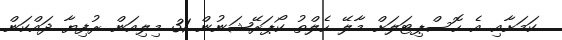
ކަމަށާއި އެ ހޮސްޕިޓަލަށް މާލޭ ހެލްތު ކޯޕަރޭޝަނުން 31 މިލިއަން ރުފިޔާ ދައްކަން